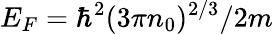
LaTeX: E_{F}=\hbar^{2}(3\pi n_{0})^{2/3}/2m